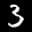
Label: 3